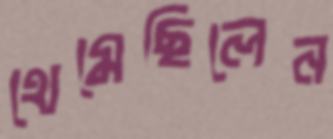
থেমেছিলেন